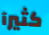
كثيرآ